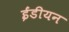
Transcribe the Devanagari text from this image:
ईंडीयन